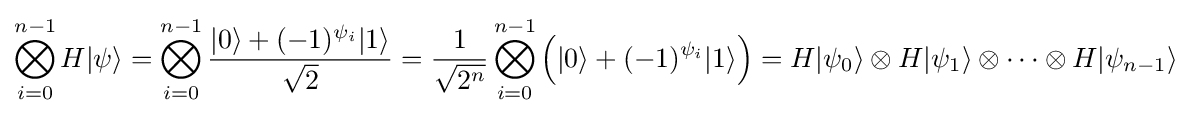
\bigotimes _{i=0}^{n-1}H|\psi \rangle =\bigotimes _{i=0}^{n-1}{\frac {|0\rangle +(-1)^{\psi _{i}}|1\rangle }{\sqrt {2}}}={\frac {1}{\sqrt {2^{n}}}}\bigotimes _{i=0}^{n-1}{\Big (}|0\rangle +(-1)^{\psi _{i}}|1\rangle {\Big )}=H|\psi _{0}\rangle \otimes H|\psi _{1}\rangle \otimes \cdots \otimes H|\psi _{n-1}\rangle